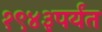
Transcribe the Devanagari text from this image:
१९४३पर्यंत